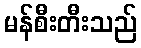
မန်စီးတီးသည်